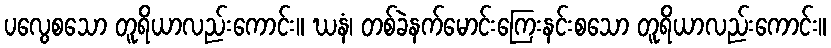
ပလွေစသော တူရိယာလည်းကောင်း။ ဃနံ၊ တစ်ခဲနက်မောင်းကြေးနင်းစသော တူရိယာလည်းကောင်း။